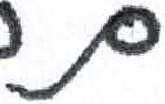
אות: ם